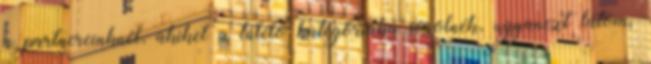
a partnereinknél, akiket a túlélő kategóriába sorolnék, ugyanezt látom.